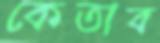
কেতাব